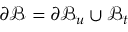
\partial \mathcal { B } = \partial \mathcal { B } _ { u } \cup \mathcal { B } _ { t }